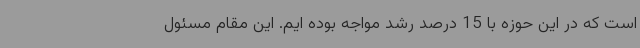
است که در این حوزه با 15 درصد رشد مواجه بوده ایم. این مقام مسئول